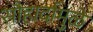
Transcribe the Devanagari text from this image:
सौहार्दामुळे